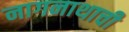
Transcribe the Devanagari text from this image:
नागनाथाची